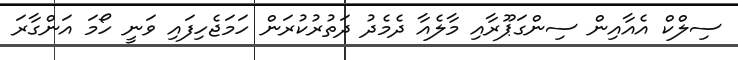
ސިލްކް އެއާއިން ސިންގަޕޫރާއި މާލެއާ ދެމެދު ދަތުރުކުރަން ހަމަޖެހިފައި ވަނީ ހޯމަ އަންގާރަ